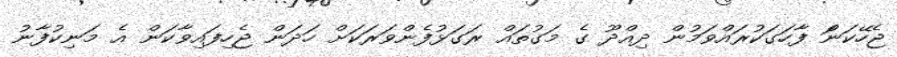
ޖެހޭކަނަް ފާހަގަކުރައްވަމުން ދިއްދޫ ގެ މަގުތައް ރަގަޅުފެންވަރަކަށް ހަދަން ޖެހިފައިވާކަން އެ މަނިކުފާނު